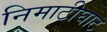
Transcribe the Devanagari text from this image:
निमाटीघाट